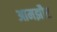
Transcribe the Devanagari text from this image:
आमझौर